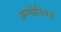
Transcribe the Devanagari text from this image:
अम्मोनियम